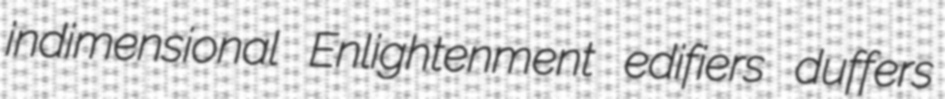
indimensional Enlightenment edifiers duffers